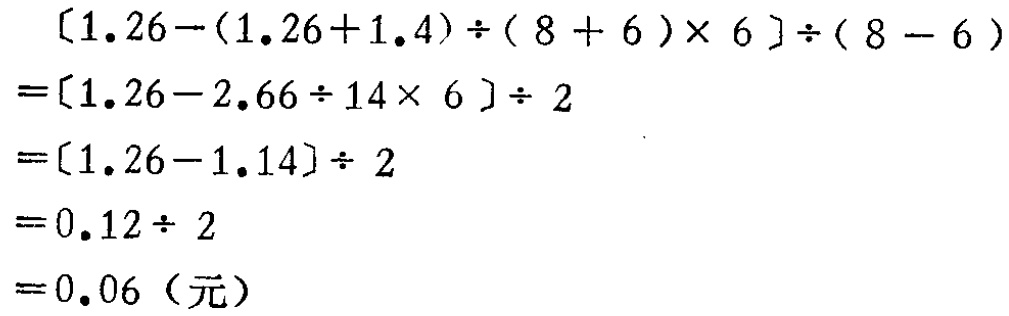
\[
\begin{align*}
&[1.26 - (1.26 + 1.4)\div(8 + 6)\times6]\div(8 - 6)\\
=&[1.26 - 2.66\div14\times6]\div2\\
=&[1.26 - 1.14]\div2\\
=&0.12\div2\\
=&0.06（元）
\end{align*}
\]